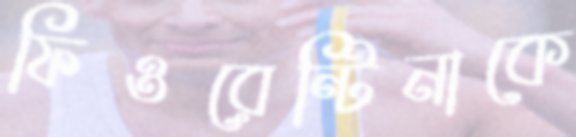
ফিওরেন্টিনাকে